Report on certain features of malaria in the island of Salsette
Disease focus: Malaria
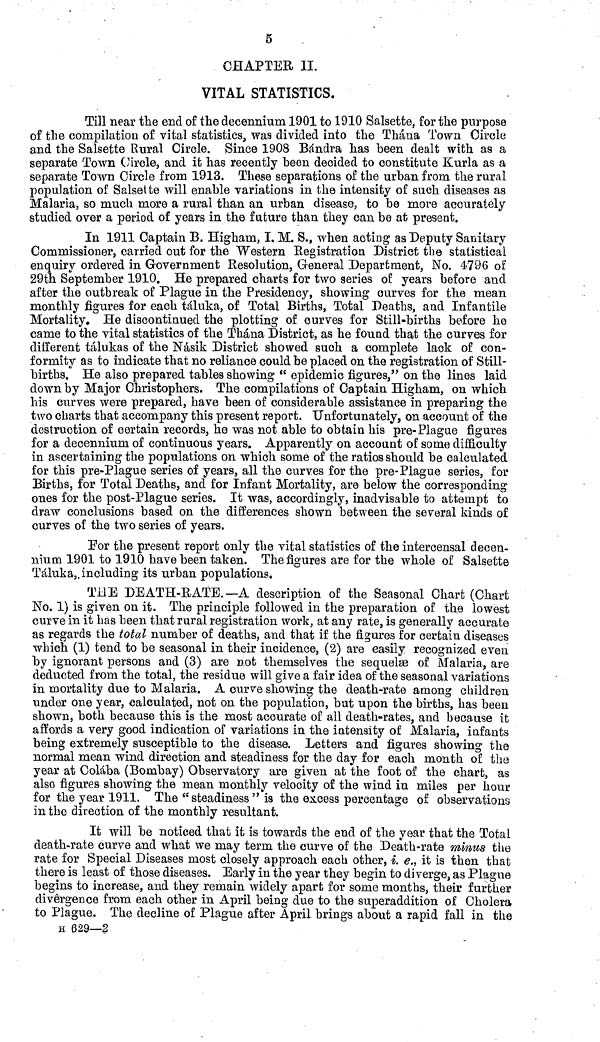
5
CHAPTER II.
VITAL STATISTICS.
Till near the end of the decennium 1901 to 1910 Salsette, for the purpose
of the compilation of vital statistics, was divided into the Thána Town Circle
and the Salsette Rural Circle. Since 1908 Bándra has been dealt with as a
separate Town Circle, and it has recently been decided to constitute Kurla as a
separate Town Circle from 1913. These separations of the urban from the rural
population of Salsette will enable variations in the intensity of such diseases as
Malaria, so much more a rural than an urban disease, to be more accurately
studied over a period of years in the future than they can be at present.
In 1911 Captain B. Higham, I, M. S., when acting as Deputy Sanitary
Commissioner, carried out for the Western Registration District the statistical
enquiry ordered in Government Resolution, General Department, No. 4796 of
29th September 1910. He prepared charts for two series of years before and
after the outbreak of Plague in the Presidency, showing curves for the mean
monthly figures for each táluka, of Total Births, Total Deaths, and Infantile
Mortality. He discontinued the plotting of curves for Still-births before he
came to the vital statistics of the Thána District, as he found that the curves for
different tálukas of the Násik District showed such a complete lack of con-
formity as to indicate that no reliance could be placed on the registration of Still-
births. He also prepared tables showing " epidemic figures," on the lines laid
down by Major Christophers. The compilations of Captain Higham, on which
his curves were prepared, have been of considerable assistance in preparing the
two charts that accompany this present report. Unfortunately, on account of the
destruction of certain records, he was not able to obtain his pre-Plague figures
for a decennium of continuous years. Apparently on account of some difficulty
in ascertaining the populations on which some of the ratios should be calculated
for this pre-Plague series of years, all the curves for the pre-Plague series, for
Births, for Total Deaths, and for Infant Mortality, are below the corresponding
ones for the post-Plague series. It was, accordingly, inadvisable to attempt to
draw conclusions based on the differences shown between the several kinds of
curves of the two series of years.
For the present report only the vital statistics of the intercensal decen-
nium 1901 to 1910 have been taken. The figures are for the whole of Salsette
Taluka,. including its urban populations.
THE DEATH-RATE.—A description of the Seasonal Chart (Chart
No. 1) is given on it. The principle followed in the preparation of the lowest
curve in it has been that rural registration work, at any rate, is generally accurate
as regards the total number of deaths, and that if the figures for certain diseases
which (1) tend to be seasonal in their incidence, (2) are easily recognized even
by ignorant persons and (3) are not themselves the sequelæ of Malaria, are
deducted from the total, the residue will give a fair idea of the seasonal variations
in mortality due to Malaria. A curve showing the death-rate among children
under one year, calculated, not on the population, but upon the births, has been
shown, both because this is the most accurate of all death-rates, and because it
affords a very good indication of variations in the intensity of Malaria, infants
being extremely susceptible to the disease. Letters and figures showing the
normal mean wind direction and steadiness for the day for each month of the
year at Colaba (Bombay) Observatory are given at the foot of the chart, as
also figures showing the mean monthly velocity of the wind in miles per hour
for the year 1911. The " steadiness " is the excess percentage of observations
in the direction of the monthly resultant.
It will be noticed that it is towards the end of the year that the Total
death-rate curve and what we may term, the curve of the Death-rate minus the
rate for Special Diseases most closely approach each other, i. e., it is then that
there is least of those diseases. Early in the year they begin to diverge, as Plague
begins to increase, and they remain widely apart for some months, their further
divergence from each other in April being due to the superaddition of Cholera
to Plague. The decline of Plague after April brings about a rapid fall in the
H 629—2